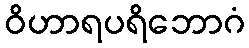
ဝိဟာရပရိဘောဂံ